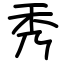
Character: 秀